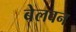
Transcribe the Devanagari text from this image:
बेलवन